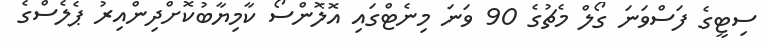
ސިޓީގެ ފަސްވަނަ ގޯލް މެޗުގެ 90 ވަނަ މިނެޓްގައި އޮލޮންސޯ ކާމިޔާބުކޮށްދިންއިރު ޕެލެސްގެ